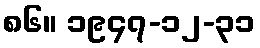
၈၆။ ၁၉၄၇-၁၂-၃၁